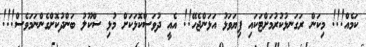
ކަމެއް!!! މިކަން ރަގަނޅުކުރުމަށްޓަކައި ފިޔަވަޅު އަޅަންޖެހޭ!! އެއީ ދުވަސްކޮޅަކަށް މުޅި ސްކޫލު ބަންދުކޮށްގެންނަމަވެސް!!!